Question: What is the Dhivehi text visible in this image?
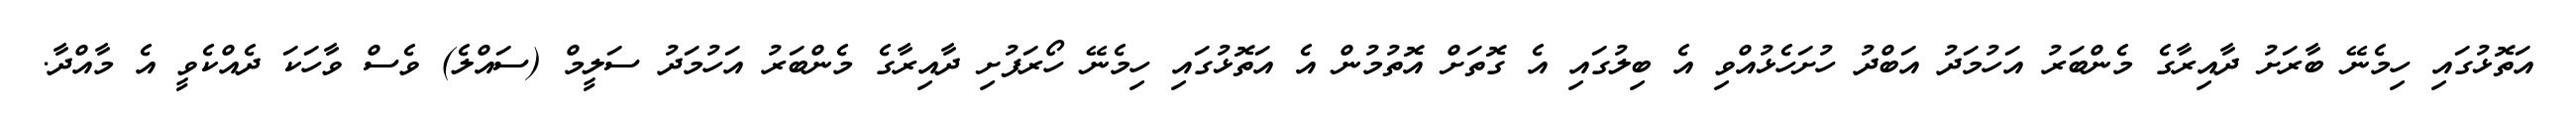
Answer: އަތޮޅުގައި ހިމެނޭ ބާރަށު ދާއިރާގެ މެންބަރު އަހުމަދު އަބްދު ހުށަހެޅުއްވި އެ ބިލުގައި އެ ގޮތަށް އޮތުމުން އެ އަތޮޅުގައި ހިމެނޭ ހޯރަފުށި ދާއިރާގެ މެންބަރު އަހުމަދު ސަލީމް (ސައްލެ) ވެސް ވާހަކަ ދެއްކެވީ އެ މާއްދާ.